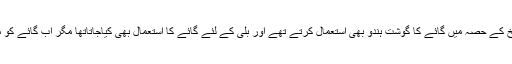
رام پنیانی اس ویڈیو میں سوامی وویکا نندا کے حوالے سے کہتے ہیں کہ ہندوستان کی قدیم تاریخ کے حصہ میں گائے کا گوشت ہندو بھی استعمال کرتے تھے اور بلی کے لئے گائے کا استعمال بھی کیاجاتاتھا مگر اب گائے کو مذہبی رنگ دے کر اس کا استعمال مسلمانوں کے خلاف نفرت پھیلانے کے لئے کیاجارہا ہے ۔